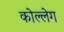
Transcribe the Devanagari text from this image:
कोल्लेग